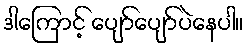
ဒါကြောင့် ပျော်ပျော်ပဲနေပါ။